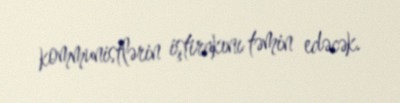
kommunistlərin iştirakını təmin edəcək.